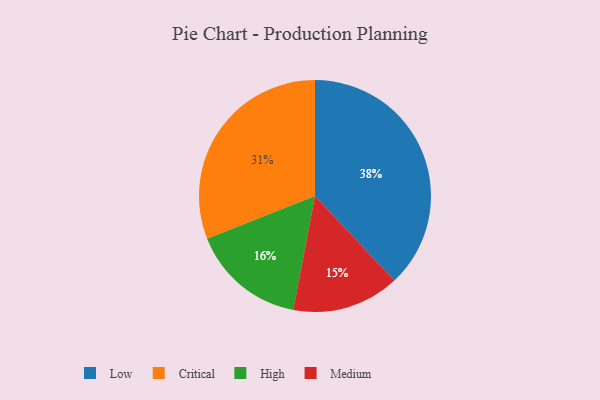
{"axis": {"x": "Category", "y": "Percentage"}, "legend": ["Critical", "High", "Low", "Medium"], "data": [{"x": "Critical", "y": 31, "type": "Critical"}, {"x": "Low", "y": 38, "type": "Low"}, {"x": "Medium", "y": 15, "type": "Medium"}, {"x": "High", "y": 16, "type": "High"}]}